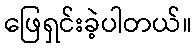
ဖြေရှင်းခဲ့ပါတယ်။